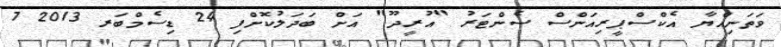
ވަތަނިއްޔާ އެކްސްޕީރިއަންސް ސެންޓަރު "އުރީދޫ" އަށް ބަދަލުކޮށްފި 24 ޑިސެމްބަރ 2013 7